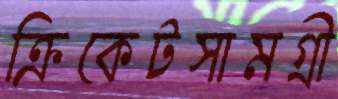
ক্রিকেটসামগ্রী